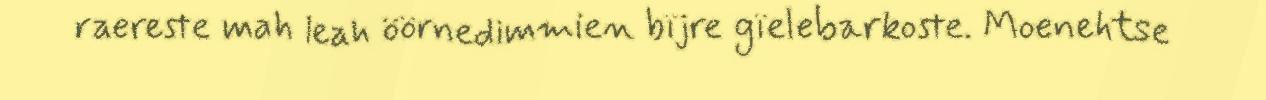
raereste mah leah öörnedimmien bïjre gïelebarkoste. Moenehtse